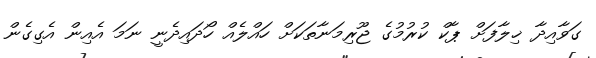
ގަވާއިދާ ޚިލާފަށް ޕާކް ކުރުމުގެ ޖޫރިމަނާތަކަށް ހައްލެއް ހޯދައިދެނީ ނަމަ އެއިން އެގިގެން